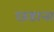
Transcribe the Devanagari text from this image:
छडाना